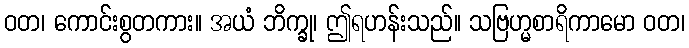
ဝတ၊ ကောင်းစွတကား။ အယံ ဘိက္ခု၊ ဤရဟန်းသည်။ သဗြဟ္မစာရိကာမော ဝတ၊